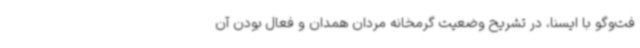
فت‌وگو با ایسنا، در تشریح وضعیت گرمخانه مردان همدان و فعال بودن آن